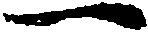
一